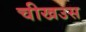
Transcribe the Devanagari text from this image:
चीखउस